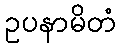
ဥပနာမိတံ